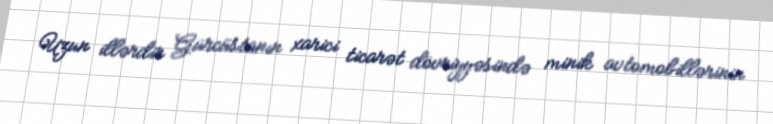
Uzun illərdir Gürcüstanın xarici ticarət dövriyyəsində minik avtomobillərinin